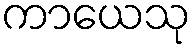
ကာယေသု